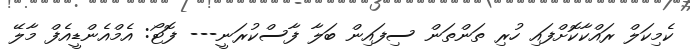
ކެމިކަލް ރައްކާކޮށްފައި ހުރި ތަންތަން ސިފައިން ބަލާ ފާސްކުރަނީ--- ފޮޓޯ: އެމްއެންޑީއެފް މާލޭ